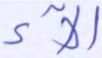
آلاء